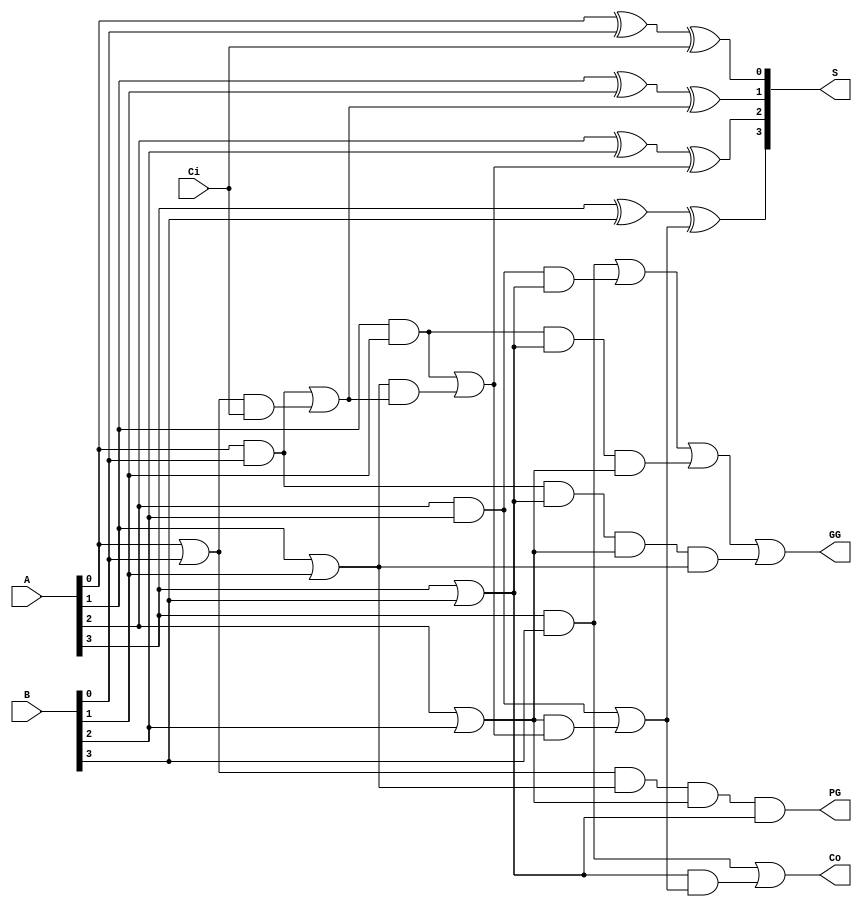

`timescale 1ns/1ns

module CLA(A, B, Ci, Co, S, PG, GG);
input [3:0] A, B;
input Ci;
output Co;
output [3:0] S;
output PG, GG;
wire [3:0] P, G;
wire [4:0] C;
assign C[0] = Ci;
assign Co = C[4];
assign PG = P[0] & P[1] & P[2] & P[3];
assign GG = G[3] | (G[2] & P[3]) | (G[1] & P[3] & P[2]) | (G[0] & P[3] & P[2] & P[1]);

genvar i;
generate
    for(i = 0; i < 4; i = i + 1) begin
        assign  G[i] = A[i] & B[i];
        assign  P[i] = A[i] | B[i];
        assign  C[i + 1] = G[i] | (P[i] & C[i]); 
    end
endgenerate
generate
    for(i =0; i< 4; i = i + 1)
        assign S[i] = A[i] ^ B[i] ^ C[i];
endgenerate
endmodule